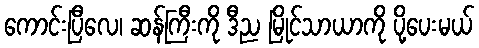
ကောင်းပြီလေ၊ ဆန်ကြီးကို ဒီည မြိုင်သာယာကို ပို့ပေးမယ်